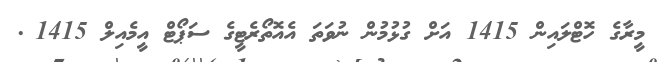
މީރާގެ ހޮޓްލައިން 1415 އަށް ގުޅުމުން ނުވަތަ އެއޮތޯރެޓީގެ ސަޕޯޓް އީމެއިލް 1415@.